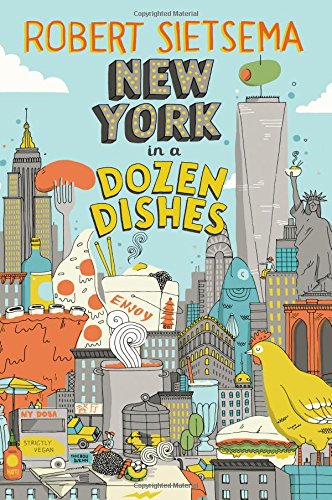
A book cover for New York in a Dozen Dishes; Robert Sietsema; Cookbooks, Food & Wine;